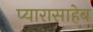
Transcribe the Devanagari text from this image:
प्यारासाहेब